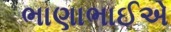
ભાણાભાઈએ